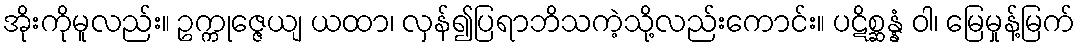
အိုးကိုမူလည်း။ ဥက္ကုဇ္ဇေယျ ယထာ၊ လှန်၍ပြရာဘိသကဲ့သို့လည်းကောင်း။ ပဋိစ္ဆန္နံ ဝါ၊ မြေမှုန့်မြက်